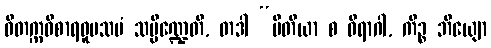
ဝိတက္ကဝိစာရဝူပသမံ သမ္ပိဏ္ဍေတိ, တဒါ “ပီတိယာ စ ဝိရာဂါ, ကိဉ္စ ဘိယျော